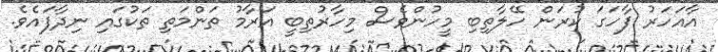
އާއަހަރު ފާހަގަ ކުރަން ހޭލާތިބި މީހުންވެސް މިހާރުތިބީ އަރާމު ތަންމަތި ތަކުގައި ނިދާފައެވެ.